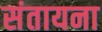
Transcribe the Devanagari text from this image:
संतायना